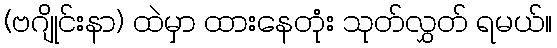
(ဗဂျိုင်းနာ) ထဲမှာ ထားနေတုံး သုတ်လွှတ် ရမယ်။